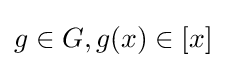
g\in G,g(x)\in [x]